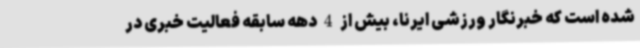
شده است که خبرنگار ورزشی ایرنا، بیش از 4 دهه سابقه فعالیت خبری در